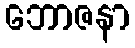
ဘောဇနာ